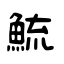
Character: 鯍